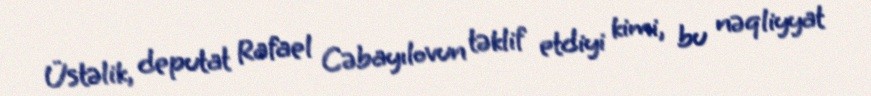
Üstəlik, deputat Rafael Cəbayılovun təklif etdiyi kimi, bu nəqliyyat